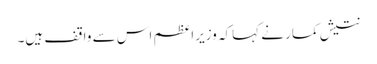
نتیش کمار نے کہاکہ وزیراعظم اس سے واقف ہیں۔